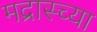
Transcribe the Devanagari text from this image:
मद्रास्च्या